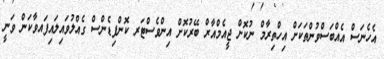
އެހެނަސް އެއްބަސްވުންތަކަށް އިހްތިރާމް ނުކޮށް ޖީއެމްއާރް ބޭރުކޮށް އިންވެސްޓަރ ކޮންފިޑެންސް ގެއްލުވައިލައިފައވާކަން ވަނީ